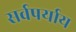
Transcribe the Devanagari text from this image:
सर्वपर्याय